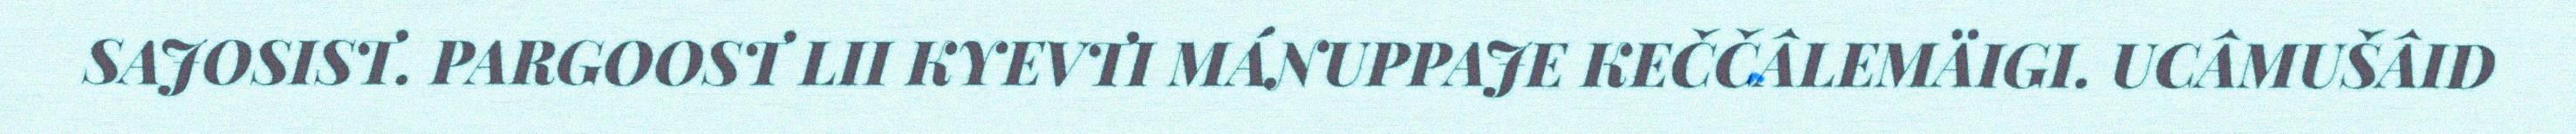
SAJOSIST. PARGOOST LII KYEVTI MÁNUPPAJE KEČČÂLEMÄIGI. UCÂMUŠÂID